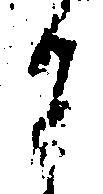
旨